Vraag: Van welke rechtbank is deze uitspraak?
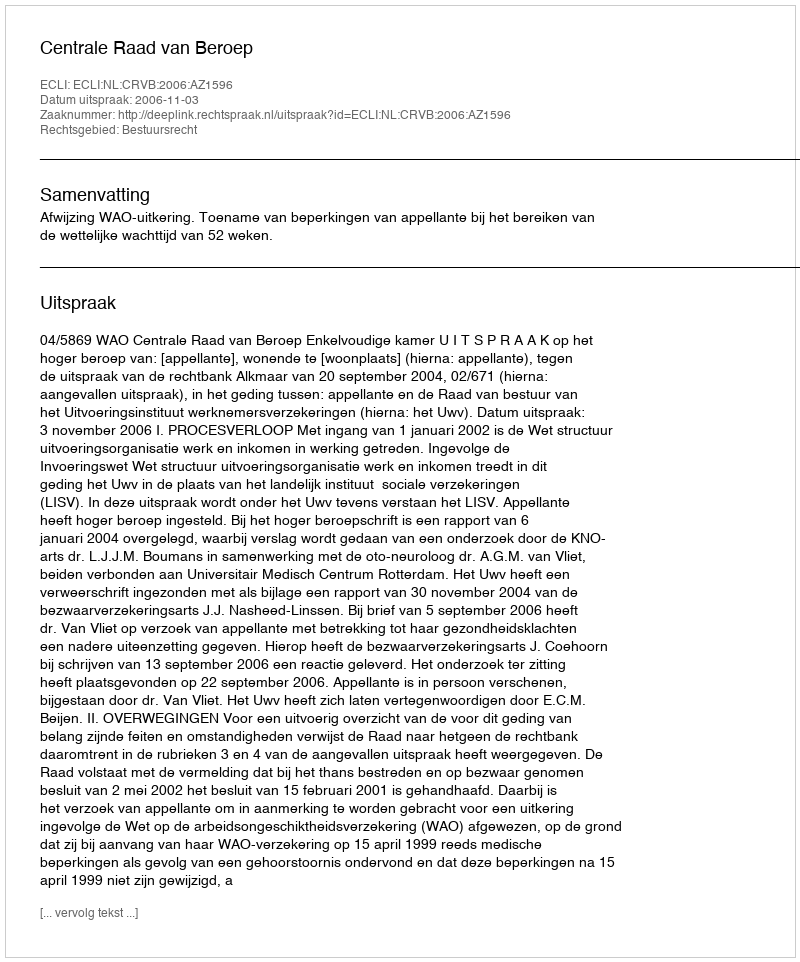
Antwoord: Centrale Raad van Beroep